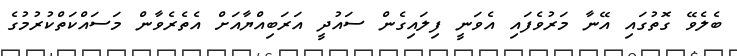
ބެލެވޭ ގޮތުގައި އޭނާ މަރުވެފައި އެވަނީ ފިލައިގެން ސައުދީ އަރަބިއްޔާއަށް އެތެރެވާން މަސައްކަތްކުރުމުގެ